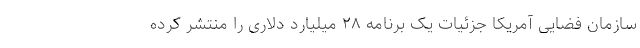
سازمان فضایی آمریکا جزئیات یک برنامه ۲۸ میلیارد دلاری را منتشر کرده